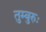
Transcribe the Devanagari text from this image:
तुम्बुरुः